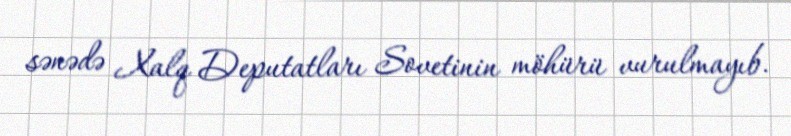
sənədə Xalq Deputatları Sovetinin möhürü vurulmayıb.